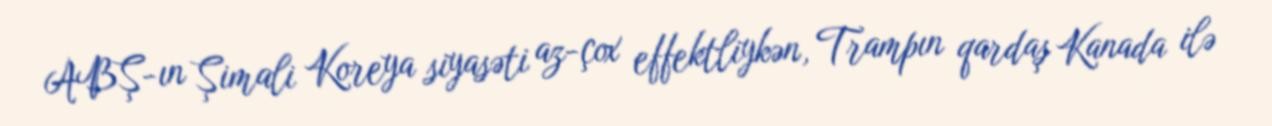
ABŞ-ın Şimali Koreya siyasəti az-çox effektliykən, Trampın qardaş Kanada ilə